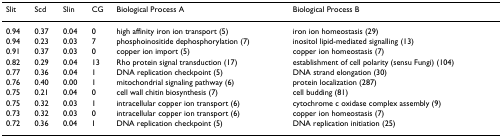
<table><thead><tr><td><b>Slit</b></td><td><b>Scd</b></td><td><b>Slin</b></td><td><b>CG</b></td><td><b>Biological Process A</b></td><td><b>Biological Process B</b></td></tr></thead><tbody><tr><td>0.94</td><td>0.37</td><td>0.04</td><td>0</td><td>high affinity iron ion transport (5)</td><td>iron ion homeostasis (29)</td></tr><tr><td>0.94</td><td>0.23</td><td>0.03</td><td>7</td><td>phosphoinositide dephosphorylation (7)</td><td>inositol lipid-mediated signalling (13)</td></tr><tr><td>0.91</td><td>0.37</td><td>0.03</td><td>0</td><td>copper ion import (5)</td><td>copper ion homeostasis (7)</td></tr><tr><td>0.82</td><td>0.29</td><td>0.04</td><td>13</td><td>Rho protein signal transduction (17)</td><td>establishment of cell polarity (sensu Fungi) (104)</td></tr><tr><td>0.77</td><td>0.36</td><td>0.04</td><td>1</td><td>DNA replication checkpoint (5)</td><td>DNA strand elongation (30)</td></tr><tr><td>0.76</td><td>0.40</td><td>0.00</td><td>1</td><td>mitochondrial signaling pathway (6)</td><td>protein localization (287)</td></tr><tr><td>0.75</td><td>0.21</td><td>0.04</td><td>0</td><td>cell wall chitin biosynthesis (7)</td><td>cell budding (81)</td></tr><tr><td>0.75</td><td>0.32</td><td>0.03</td><td>1</td><td>intracellular copper ion transport (6)</td><td>cytochrome c oxidase complex assembly (9)</td></tr><tr><td>0.73</td><td>0.32</td><td>0.03</td><td>0</td><td>intracellular copper ion transport (6)</td><td>copper ion homeostasis (7)</td></tr><tr><td>0.72</td><td>0.36</td><td>0.04</td><td>1</td><td>DNA replication checkpoint (5)</td><td>DNA replication initiation (25)</td></tr></tbody></table>